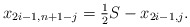
\begin{align*} x_{2i-1,n+1-j} = \tfrac{1}{2} S- x_{2i-1,j}.\end{align*}